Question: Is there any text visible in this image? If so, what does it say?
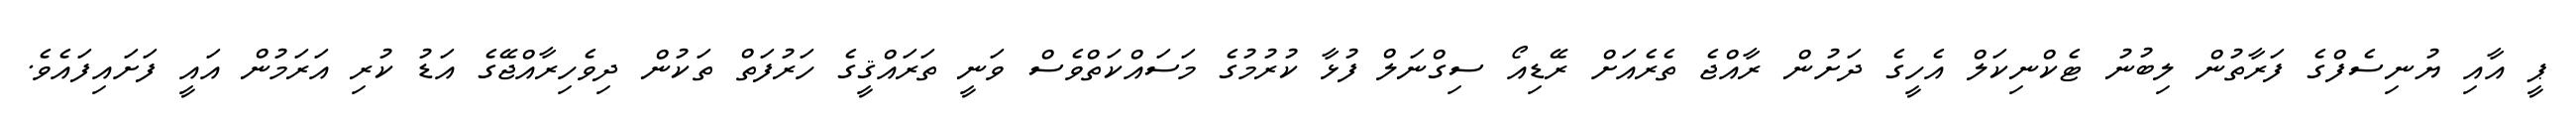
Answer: ޕީ އާއި ޔުނިސެފްގެ ފަރާތުން ލިބުނު ޓެކްނިކަލް އެހީގެ ދަށުން ރާއްޖެ ތެރެއަށް ރޭޑިއޯ ސިގްނަލް ފުޅާ ކުރުމުގެ މަސައްކަތްވެސް ވަނީ ތަރައްޤީގެ ހަރުފަތް ތަކުން ދިވެހިރާއްޖޭގެ އަޑު ކުރި އަރަމުން އައީ ފަށައިފައެވެ.